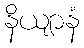
နိယျာနံ